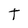
Character: T